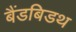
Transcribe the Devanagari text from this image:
बैंडबिडथ